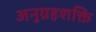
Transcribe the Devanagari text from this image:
अनुग्रहशक्ति